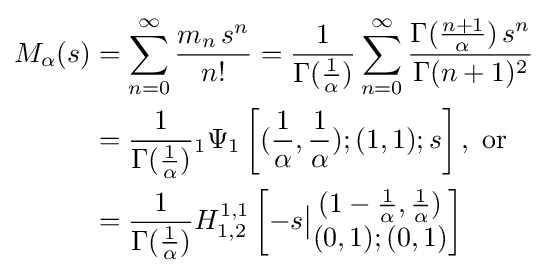
{\begin{aligned}M_{\alpha }(s)&=\sum _{n=0}^{\infty }{\frac {m_{n}\,s^{n}}{n!}}={\frac {1}{\Gamma ({\frac {1}{\alpha }})}}\sum _{n=0}^{\infty }{\frac {\Gamma ({\frac {n+1}{\alpha }})\,s^{n}}{\Gamma (n+1)^{2}}}\\&={\frac {1}{\Gamma ({\frac {1}{\alpha }})}}{}_{1}\Psi _{1}\left[({\frac {1}{\alpha }},{\frac {1}{\alpha }});(1,1);s\right],\,\,{\text{or}}\\&={\frac {1}{\Gamma ({\frac {1}{\alpha }})}}H_{1,2}^{1,1}\left[-s{\bigl |}{\begin{matrix}(1-{\frac {1}{\alpha }},{\frac {1}{\alpha }})\\(0,1);(0,1)\end{matrix}}\right]\\\end{aligned}}